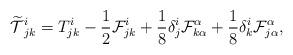
LaTeX: \begin{align*} \widetilde{\mathcal T}{}^i_{jk}=T^i_{jk}-\frac12\mathcal F^i_{jk}+\frac1{8}\delta^i_j\mathcal F^\alpha_{k\alpha}+ \frac18\delta^i_k\mathcal F^\alpha_{j\alpha}, \end{align*}